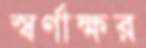
স্বর্ণাক্ষর